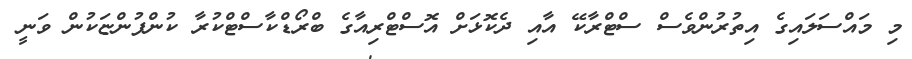
މި މައްސަލައިގެ އިތުރުންވެސް ސްޓްރާކޭ އާއި ދެކޮޅަށް އޮސްޓްރިއާގެ ބްރޯޑްކާސްޓްކުރާ ކުންފުންޏަކުން ވަނީ